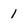
Character: 1